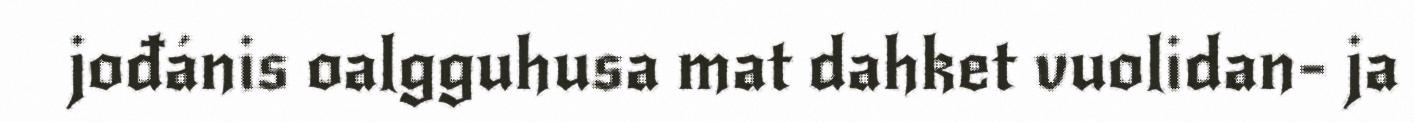
jođánis oalgguhusa mat dahket vuolidan- ja